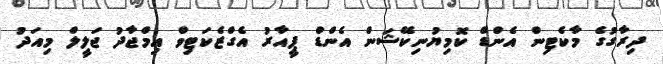
ދިރާގުގެ މާކެޓިން އެންޑް ކޮމިޔުނިކޭޝަން އެންޑް ޕީއާރު އެގްޒެކަޓިވް އިމްޖާދު ޖަލީލް މިއަދު